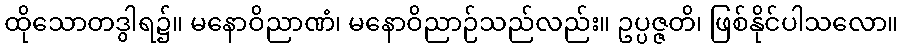
ထိုသောတဒွါရ၌။ မနောဝိညာဏံ၊ မနောဝိညာဉ်သည်လည်း။ ဥပ္ပဇ္ဇတိ၊ ဖြစ်နိုင်ပါသလော။